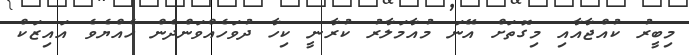
މިބީރު ކުއްޖާއާއި މިގޮތަށް އޭނަ މުއާމަލާރު ކުރާނީ ކިހާ ދުވަހެއްވަންދެން ހެއްޔެވެ އައިޒަކް